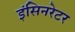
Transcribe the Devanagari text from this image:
इंसिनरेटर